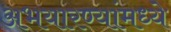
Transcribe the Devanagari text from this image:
अभयारण्यांमध्ये